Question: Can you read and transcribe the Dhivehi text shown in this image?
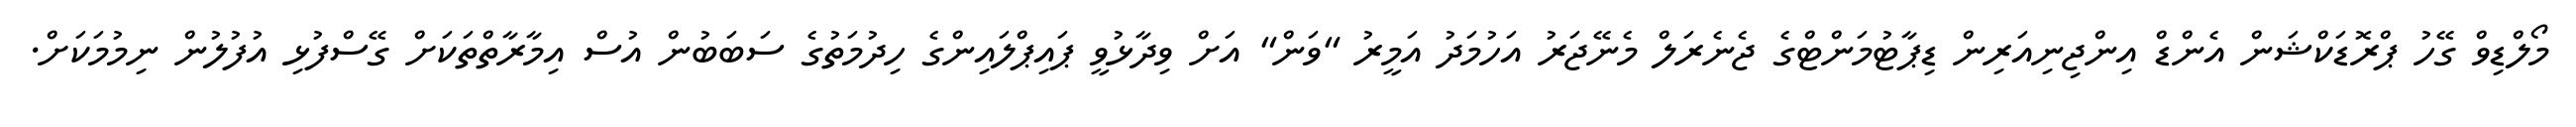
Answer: މޯލްޑިވް ގޭހު ޕްރޮޑަކްޝަން އެންޑް އިންޖިނިއަރިން ޑިޕާޓުމަންޓްގެ ޖެނެރަލް މެނޭޖަރު އަހުމަދު އަމީރު "ވަން" އަށް ވިދާޅުވީ ޕައިޕްލައިންގެ ހިދުމަތުގެ ސަބަބުން އުސް އިމާރާތްތަކަށް ގޭސްފުޅި އުފުލުން ނިމުމަކަށް.